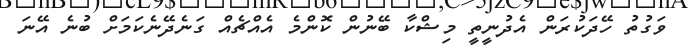
ވަގުތު ހޭދަކުރަން އެދުނީތީ މިޝްކާ ބޭނުން ކޮންމެ އެއްޗެއް ގަނެދޭނެކަމަށް ބުނެ އޭނަ